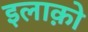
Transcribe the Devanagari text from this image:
इलाक़ो